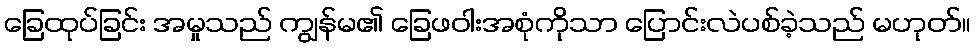
ခြေထုပ်ခြင်း အမှုသည် ကျွန်မ၏ ခြေဖဝါးအစုံကိုသာ ပြောင်းလဲပစ်ခဲ့သည် မဟုတ်။